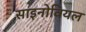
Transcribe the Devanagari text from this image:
साइनोवियल